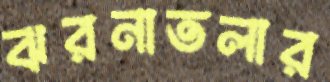
ঝরনাতলার